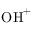
\mathrm { O H } ^ { + }